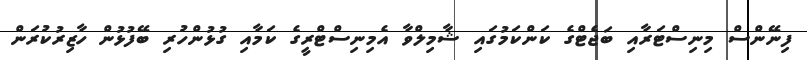
ފިނޭންސް މިނިސްޓަރާއި ބަޖެޓްގެ ކަންކަމުގައި ޝާމިލްވާ އެމިނިސްޓްރީގެ ކަމާއި ގުޅުންހުރި ބޭފުޅުން ހާޒިރުކުރަން